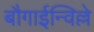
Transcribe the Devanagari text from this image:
बौगाईन्विल्ले